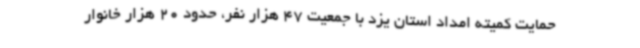
حمایت کمیته امداد استان یزد با جمعیت 47 هزار نفر، حدود 20 هزار خانوار